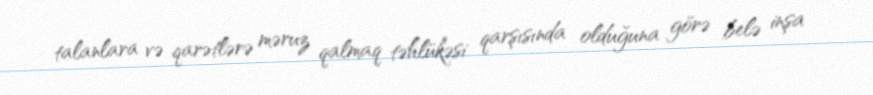
talanlara və qarətlərə məruz qalmaq təhlükəsi qarşısında olduğuna görə belə inşa